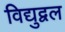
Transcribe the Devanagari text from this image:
विद्युद्वल